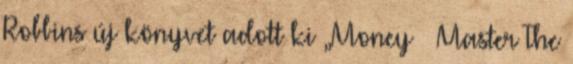
Robbins új könyvet adott ki „Money – Master The